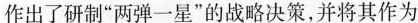
作出了研制”两弹一星”的战略决策，并将其作为